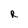
Character: R